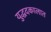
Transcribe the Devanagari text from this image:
युद्धदकालात